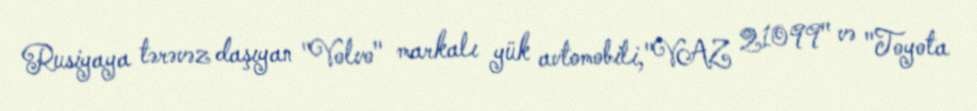
Rusiyaya tərəvəz daşıyan "Volvo" markalı yük avtomobili,"VAZ 21099" və "Toyota